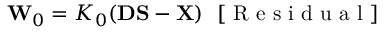
{ \bf W } _ { 0 } = { \cal K } _ { 0 } ( { \bf D } { \bf S } - { \bf X } ) ~ ~ [ \mathrm { ~ R ~ e ~ s ~ i ~ d ~ u ~ a ~ l ~ } ]